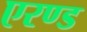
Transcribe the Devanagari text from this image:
एरण्ड